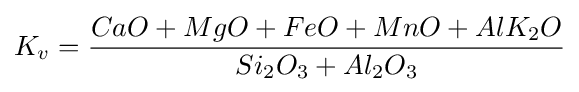
K_{v}={\frac {CaO+MgO+FeO+MnO+AlK_{2}O}{Si_{2}O_{3}+Al_{2}O_{3}}}